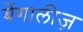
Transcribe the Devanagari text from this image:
बेंगालीज़